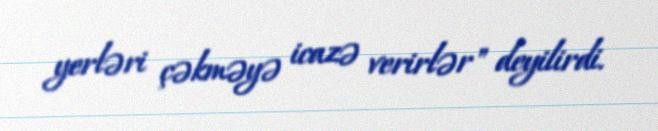
yerləri çəkməyə icazə verirlər" deyilirdi.